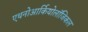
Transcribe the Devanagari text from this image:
एथनोआर्कियोलॉजिकल